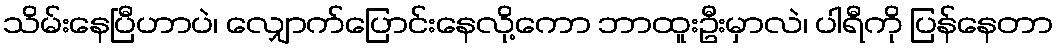
သိမ်းနေပြီဟာပဲ၊ လျှောက်ပြောင်းနေလို့ကော ဘာထူးဦးမှာလဲ၊ ပါရီကို ပြန်နေတာ